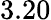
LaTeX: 3.20